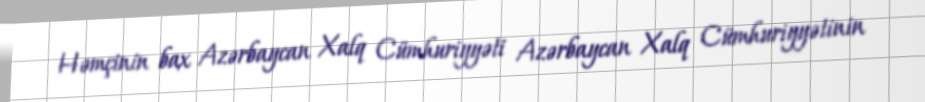
Həmçinin bax Azərbaycan Xalq Cümhuriyyəti Azərbaycan Xalq Cümhuriyyətinin